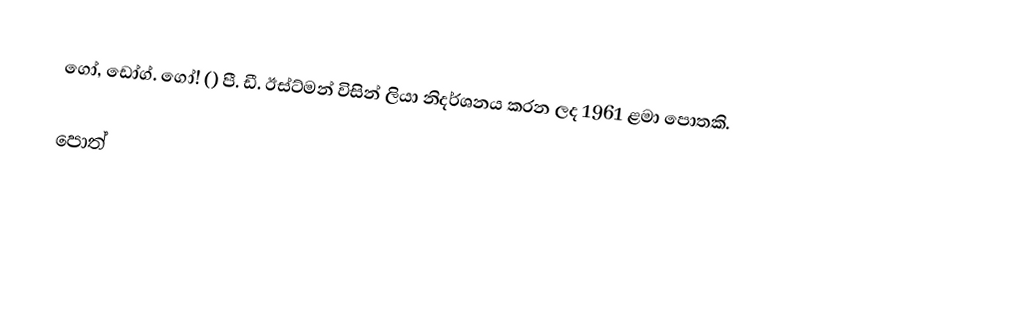
ගෝ, ඩෝග්. ගෝ! () පී. ඩී. ඊස්ට්මන් විසින් ලියා නිදර්ශනය කරන ලද 1961 ළමා පොතකි.

පොත්